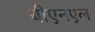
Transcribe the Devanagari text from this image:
बीएनएल